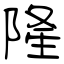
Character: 隆